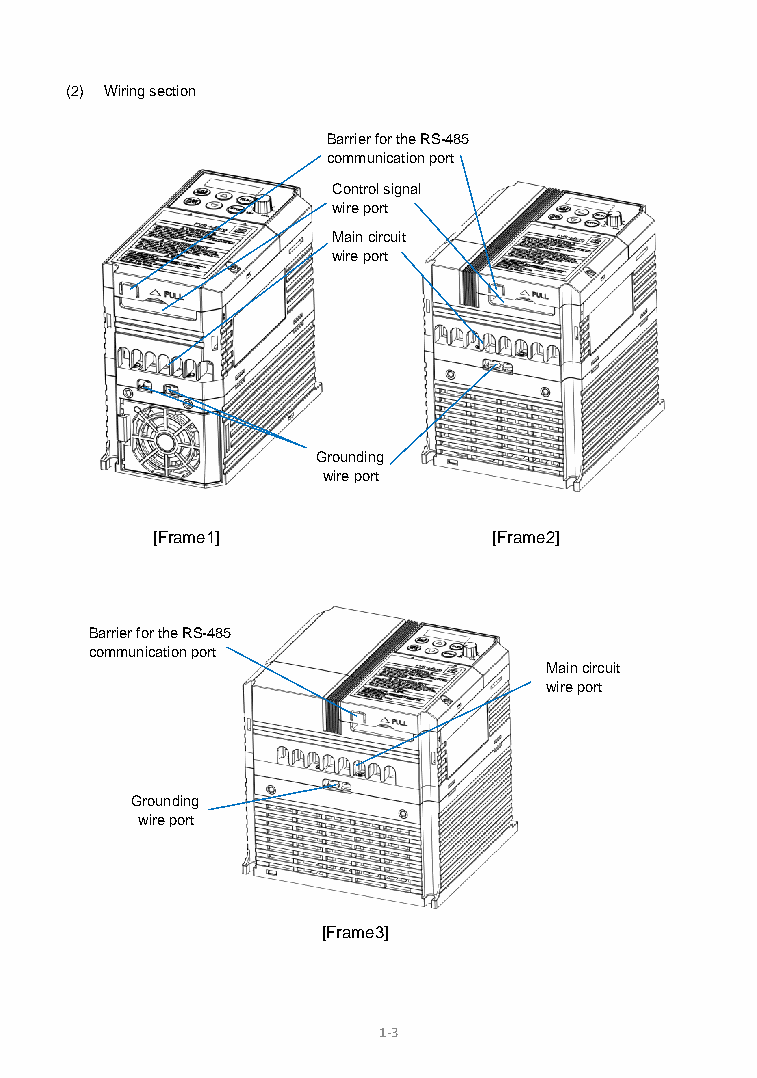
(2) Wiring section
 Barrier for the RS-485
 communication port
 Control signal
 wire port
 Main circuit
 wire port
 Grounding
 wire port
 [Frame1]               [Frame2]
 Barrier for the RS-485
 communication port
 Main circuit
 wire port
 Grounding
 wire port
 [Frame3]
 1-3